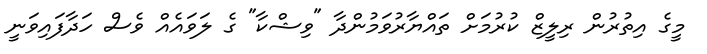
މީގެ އިތުރުން ރިލީޒް ކުރުމަށް ތައްޔާރުވަމުންދާ "ވިޝްކާ" ގެ ލަވައެއް ވެސް ހަދާފައިވަނީ